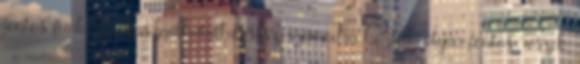
fontos funkciója használhatatlan lesz számodra köztük olyan fontos részek